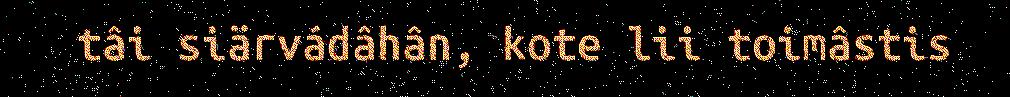
tâi siärvádâhân, kote lii toimâstis